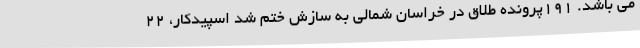
می باشد. 191پرونده طلاق در خراسان شمالی به سازش ختم شد اسپیدکار، 22